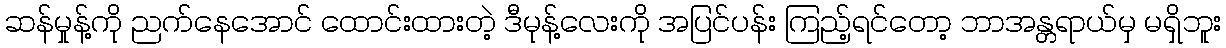
ဆန်မှုန့်ကို ညက်နေအောင် ထောင်းထားတဲ့ ဒီမုန့်လေးကို အပြင်ပန်း ကြည့်ရင်တော့ ဘာအန္တရာယ်မှ မရှိဘူး